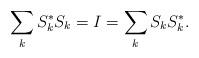
LaTeX: \begin{align*} \sum_k S_k^*S_k = I = \sum_k S_k S_k^* .\end{align*}